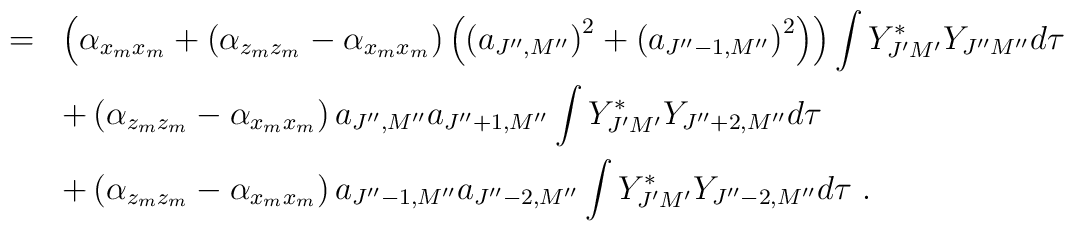
\begin{array}{rcl}&=&\left(\alpha_{x_mx_m}+\left(\alpha_{z_mz_m}-\alpha_{x_mx_m}   \right)\left(\left(a_{J^{\prime\prime},M^{\prime\prime}}\right)^2   +\left(a_{J^{\prime\prime}-1,M^{\prime\prime}}\right)^2\right)\right)   \displaystyle\int Y^\ast_{J^\prime M^\prime}   Y_{J^{\prime\prime}M^{\prime\prime}}d\tau\\[3mm]& &+\left(\alpha_{z_mz_m}-\alpha_{x_mx_m}\right)   a_{J^{\prime\prime},M^{\prime\prime}}a_{J^{\prime\prime}+1,M^{\prime\prime}}   \displaystyle\int Y^\ast_{J^\prime M^\prime}   Y_{J^{\prime\prime}+2, M^{\prime\prime}}d\tau\\[3mm]& &+\left(\alpha_{z_mz_m}-\alpha_{x_mx_m}\right)a_{J^{\prime\prime}-1,M^{\prime\prime}}a_{J^{\prime\prime}-2,M^{\prime\prime}}   \displaystyle\int Y^\ast_{J^\prime M^\prime}   Y_{J^{\prime\prime}-2, M^{\prime\prime}}d\tau~.\end{array}